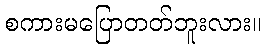
စကားမပြောတတ်ဘူးလား။